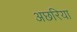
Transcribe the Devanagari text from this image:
अछरिया